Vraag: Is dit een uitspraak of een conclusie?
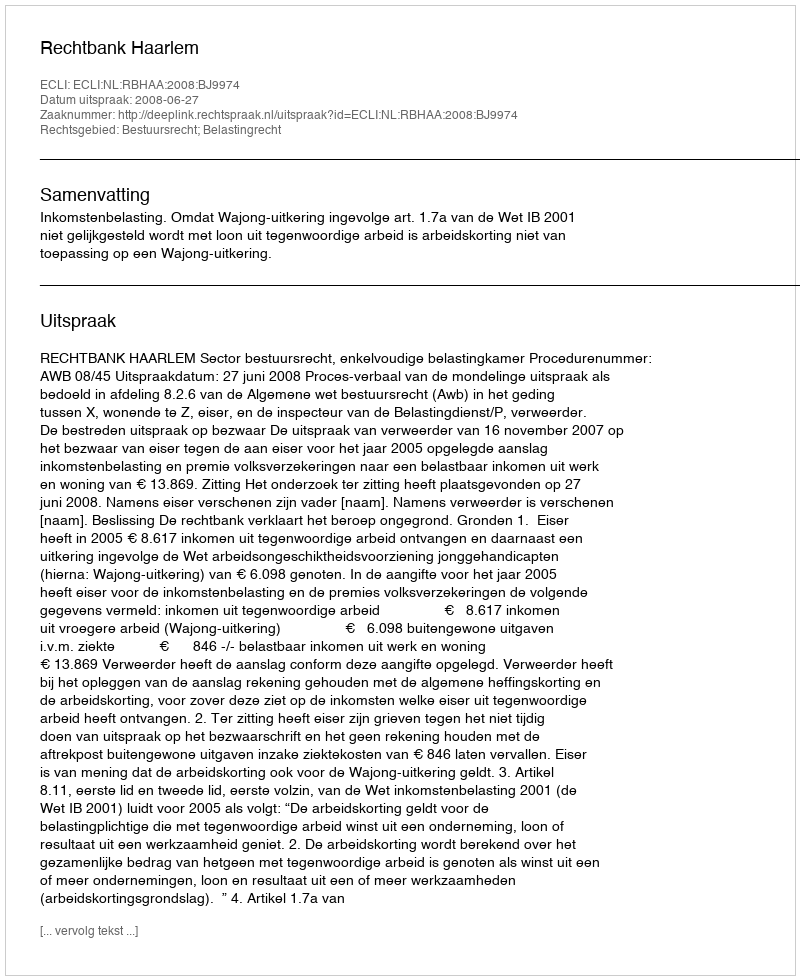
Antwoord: Uitspraak